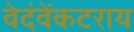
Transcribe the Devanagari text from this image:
वेदंवेंकटराय